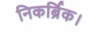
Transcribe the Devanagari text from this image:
निकर्ब्रिक।